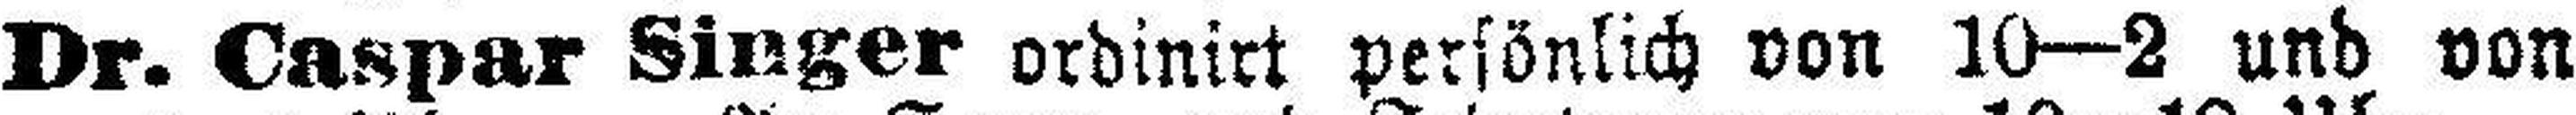
Dr. Caspar Singer ordinirt persönlich von 10—2 und von